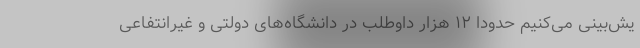
یش‌بینی می‌کنیم حدودا ۱۲ هزار داوطلب در دانشگاه‌های دولتی و غیرانتفاعی